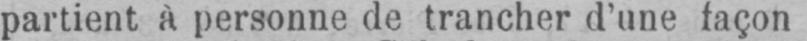
partient à personne de trancher d’une façon